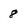
Character: 8